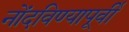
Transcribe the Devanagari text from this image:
नोंदविण्यापूर्वी